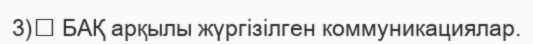
3)	 БАҚ арқылы жүргізілген коммуникациялар.